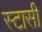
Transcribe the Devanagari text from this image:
स्टासी